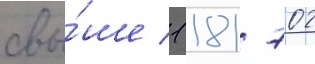
свы́ше 1 181 702